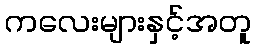
ကလေးများနှင့်အတူ